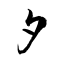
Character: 夕